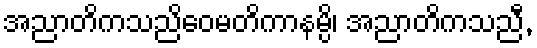
အညာတိကသညိဝေမတိကာနမ္ပိ၊ အညာတိကသညီ,